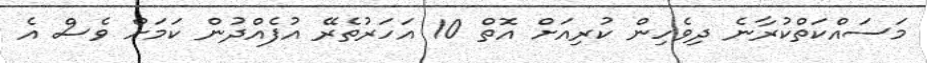
މަސައްކަތްކުރާނެ ދިވެހިން ކުރިއަށް އޮތް 10 އަހަރުތެރޭ އުފެއްދުން ކަމަށް ވެސް އެ